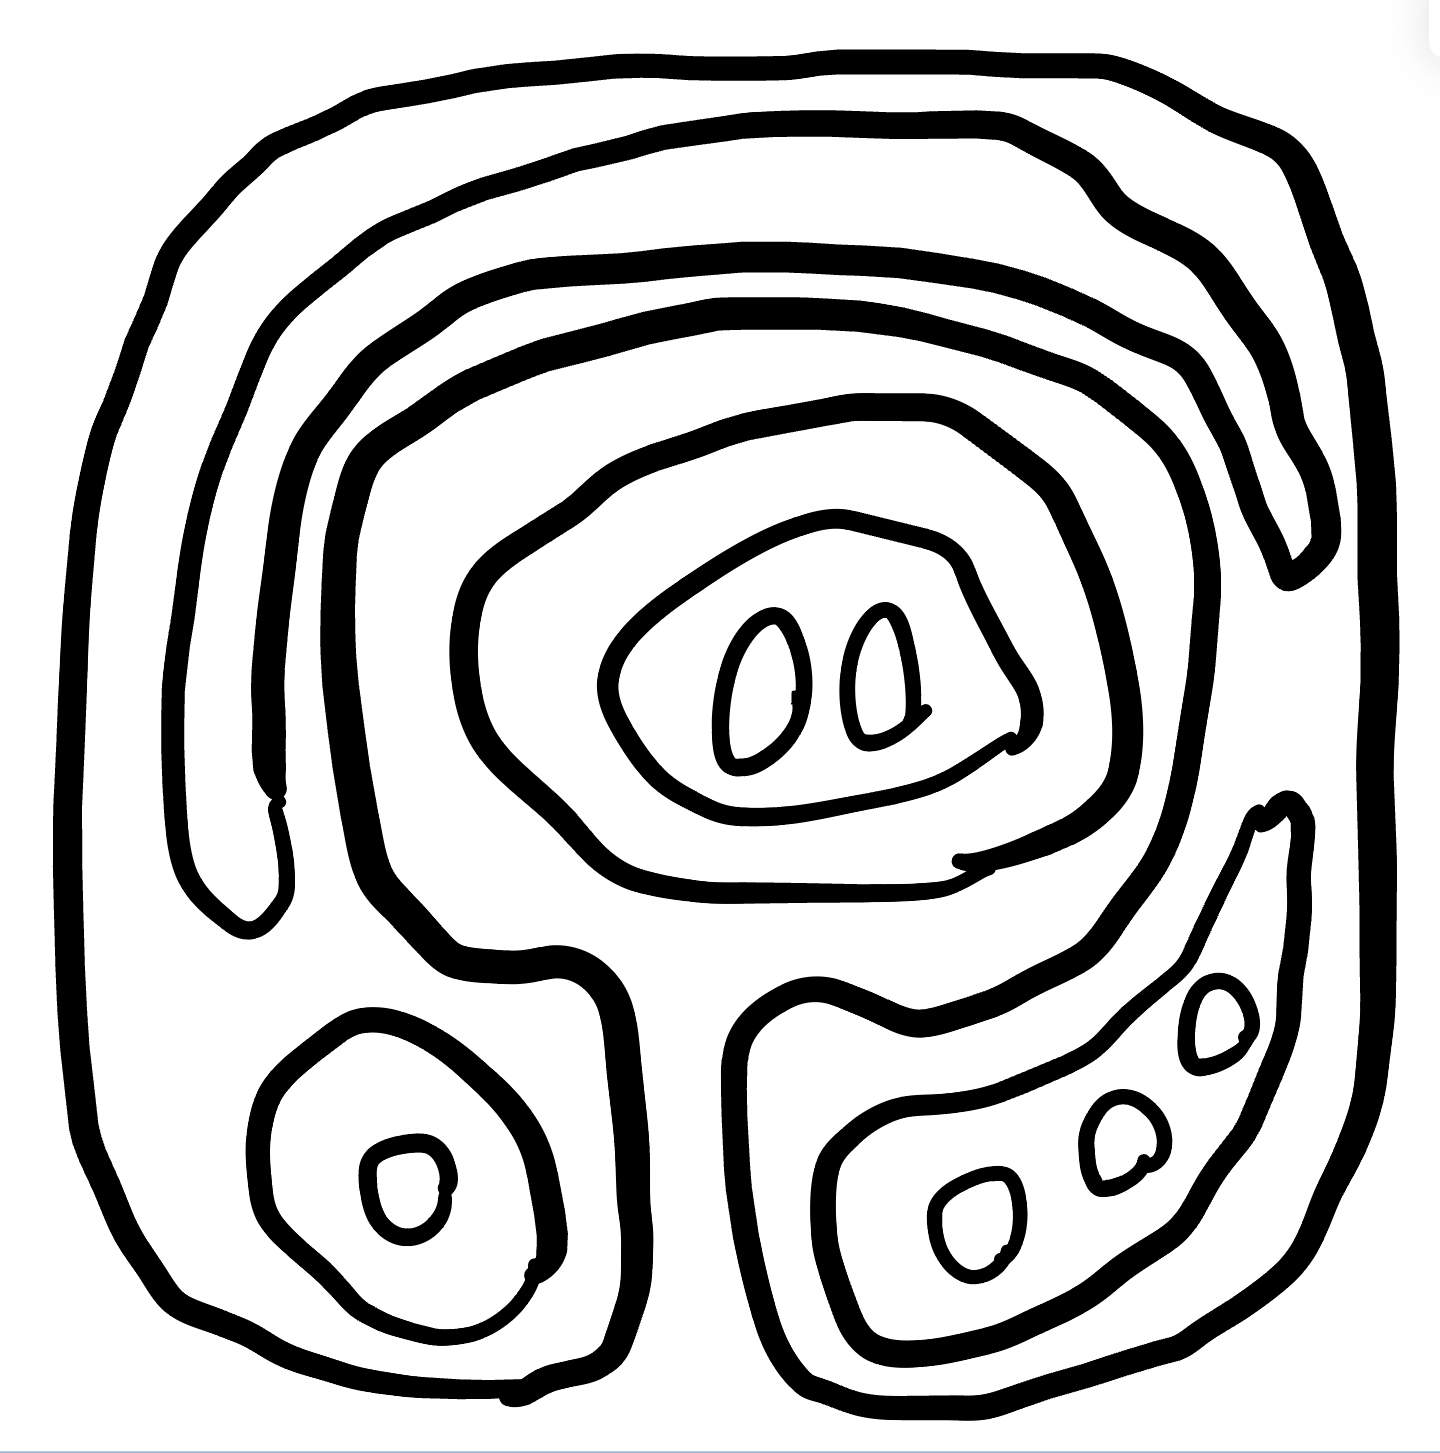
Number of regions (including the outer root region): 13
Containment tree edges (parent, child): 0, 1, 0, 5, 1, 2, 2, 3, 2, 4, 5, 6, 5, 8, 5, 12, 6, 7, 8, 9, 8, 10, 8, 11